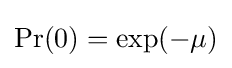
\Pr(0)=\exp(-\mu )